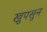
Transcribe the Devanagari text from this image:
खुपसुन